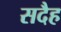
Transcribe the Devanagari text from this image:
सदैह